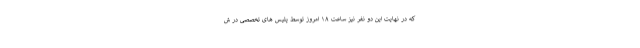
که در نهایت این دو نفر نیز ساعت ۱۸ امروز توسط پلیس های تخصصی در ش